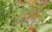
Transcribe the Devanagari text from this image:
शीघऱ